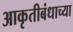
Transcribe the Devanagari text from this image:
आकृतीबंधाच्या